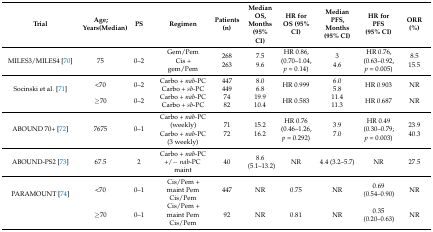
<table><thead><tr><td><b>Trial</b></td><td><b>Age; Years(Median)</b></td><td><b>PS</b></td><td><b>Regimen</b></td><td><b>Patients (n)</b></td><td><b>Median OS, Months(95% CI)</b></td><td><b>HR for OS (95% CI)</b></td><td><b>Median PFS, Months(95% CI)</b></td><td><b>HR for PFS(95% CI)</b></td><td><b>ORR(%)</b></td></tr></thead><tbody><tr><td>MILES3/MILES4 [70]</td><td>75</td><td>0–2</td><td>Gem/PemCis + gem/Pem</td><td>268263</td><td>7.59.6</td><td>HR 0.86, (0.70–1.04, <i>p</i> = 0.14)</td><td>34.6</td><td>HR 0.76, (0.63–0.92, <i>p</i> = 0.005)</td><td>8.515.5</td></tr><tr><td rowspan="2">Socinski et al. [71]</td><td>&lt;70</td><td>0–2</td><td>Carbo + <i>nab</i>-PCCarbo + <i>sb</i>-PC</td><td>447449</td><td>8.06.8</td><td>HR 0.999</td><td>6.05.8</td><td>HR 0.903</td><td>NR</td></tr><tr><td>≥70</td><td>0–2</td><td>Carbo + <i>nab</i>-PCCarbo + <i>sb</i>-PC</td><td>7482</td><td>19.910.4</td><td>HR 0.583</td><td>11.411.3</td><td>HR 0.687</td><td>NR</td></tr><tr><td>ABOUND 70+ [72]</td><td>7675</td><td>0–1</td><td>Carbo + <i>nab-</i>PC (weekly)Carbo + <i>nab</i>-PC (3 weekly)</td><td>7172</td><td>15.216.2</td><td>HR 0.76 (0.46–1.26, <i>p</i> = 0.292)</td><td>3.97.0</td><td>HR 0.49 (0.30–0.79; <i>p</i> = 0.003)</td><td>23.940.3</td></tr><tr><td>ABOUND-PS2 [73]</td><td>67.5</td><td>2</td><td>Carbo + <i>nab</i>-PC +/− <i>nab</i>-PC maint</td><td>40</td><td>8.6(5.1–13.2)</td><td>NR</td><td>4.4 (3.2–5.7)</td><td>NR</td><td>27.5</td></tr><tr><td rowspan="2">PARAMOUNT [74]</td><td>&lt;70</td><td>0–1</td><td>Cis/Pem + maint PemCis/Pem</td><td>447</td><td>NR</td><td>0.75</td><td>NR</td><td>0.69 (0.54–0.90)</td><td>NR</td></tr><tr><td>≥70</td><td>0–1</td><td>Cis/Pem + maint PemCis/Pem</td><td>92</td><td>NR</td><td>0.81</td><td>NR</td><td>0.35 (0.20–0.63)</td><td>NR</td></tr></tbody></table>